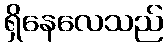
ရှိနေလေသည်